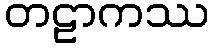
တဠာကဿ